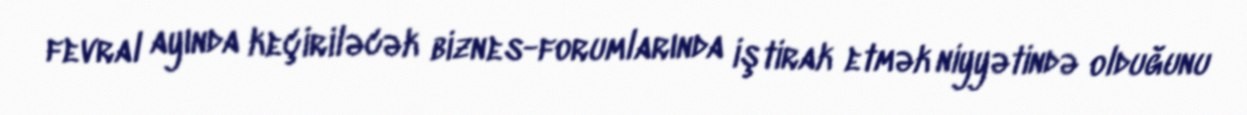
fevral ayında keçiriləcək biznes-forumlarında iştirak etmək niyyətində olduğunu